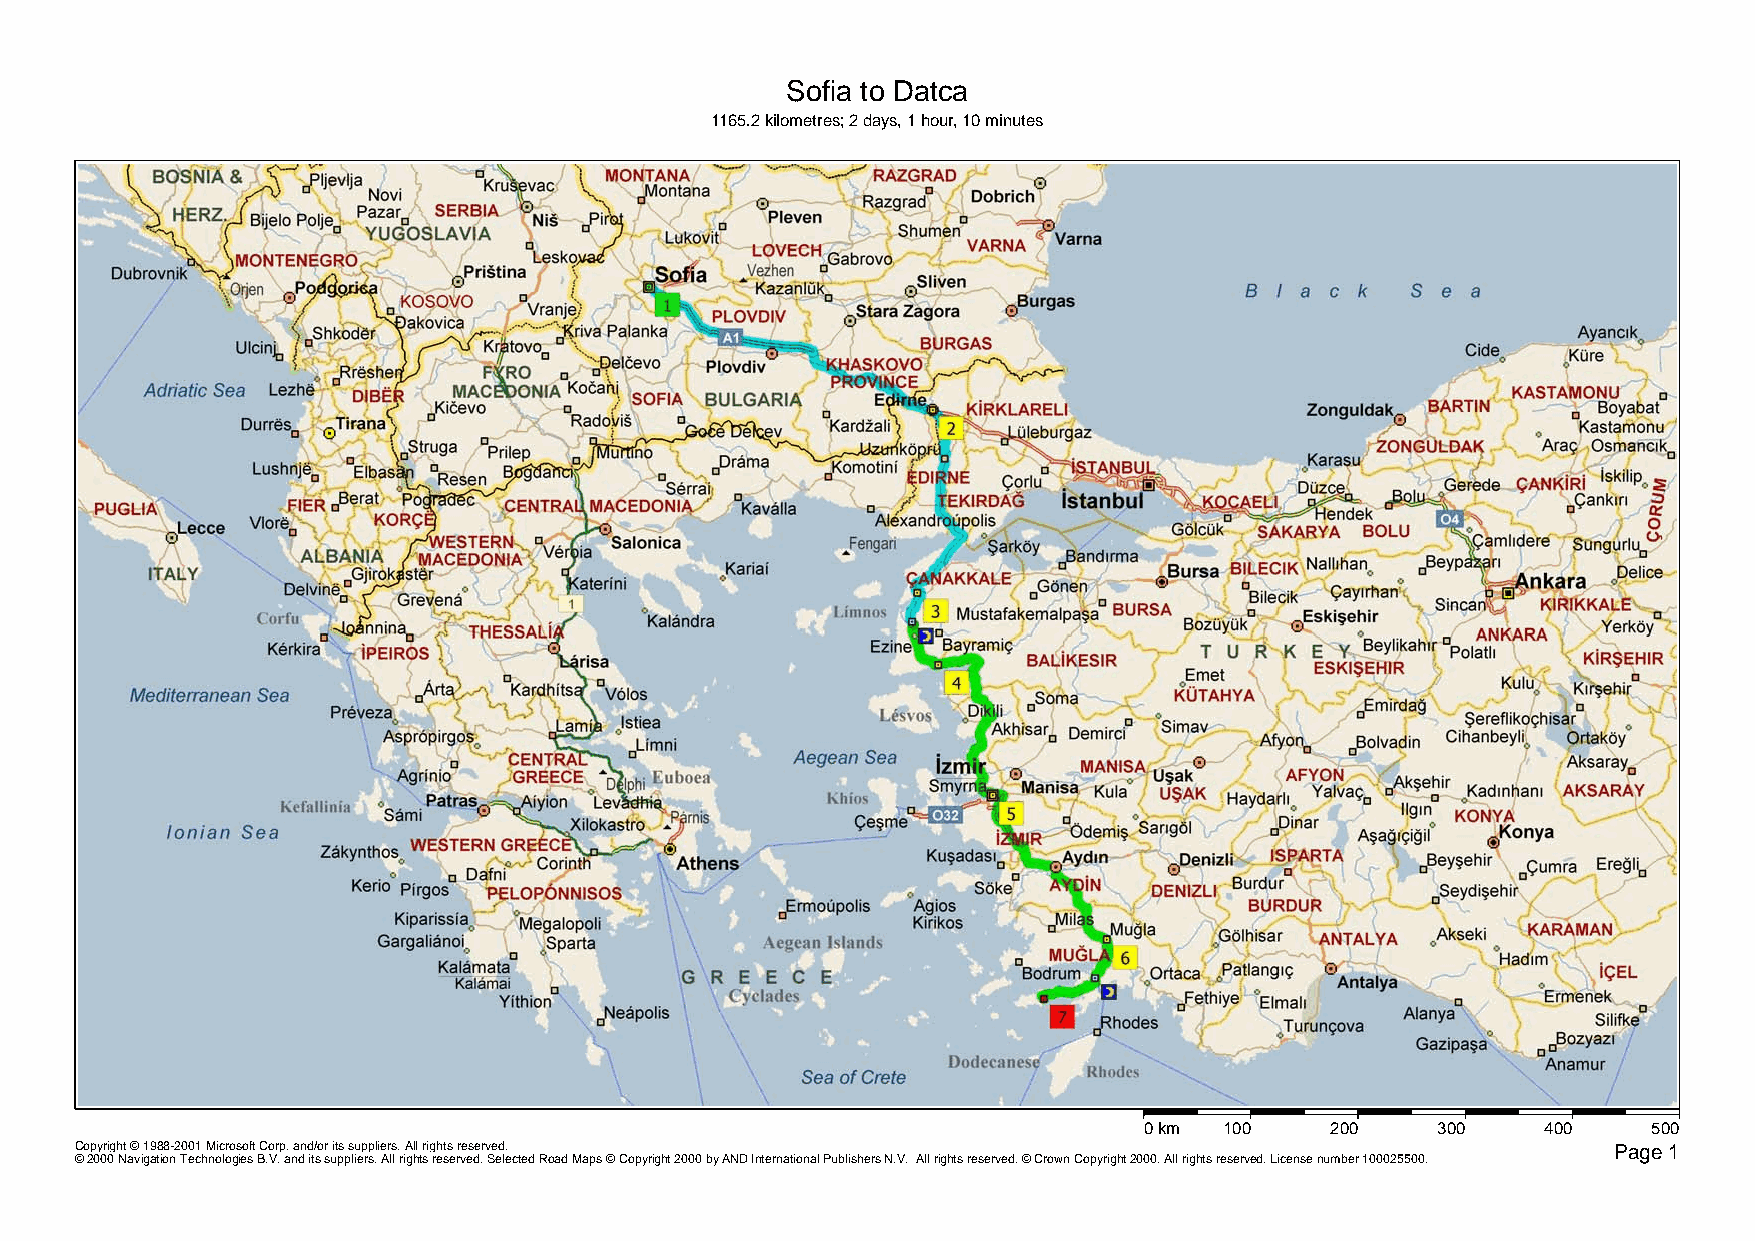
Sofia to Datca
 1165.2 kilometres; 2 days, 1 hour, 10 minutes
 0 km 100    200    300    400    500
 Copyright © 1988-2001 Microsoft Corp. and/or its suppliers. All rights reserved.                      Page 1
 © 2000 Navigation Technologies B.V. and its suppliers. All rights reserved. Selected Road Maps © Copyright 2000 by AND International Publishers N.V. All rights reserved. © Crown Copyright 2000. All rights reserved. License number 100025500.